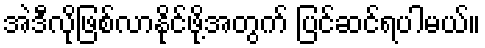
အဲဒီလိုဖြစ်လာနိုင်ဖို့အတွက် ပြင်ဆင်ရပါမယ်။